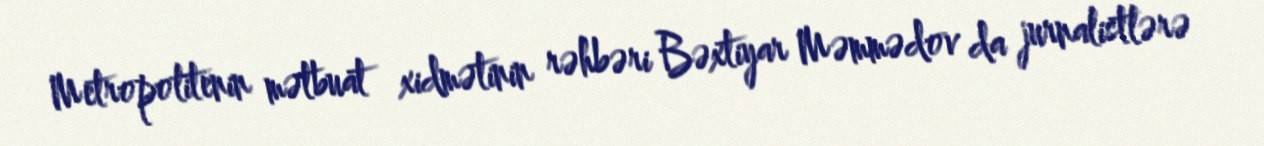
Metropolitenin mətbuat xidmətinin rəhbəri Bəxtiyar Məmmədov da jurnalistlərə